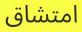
امتشاق